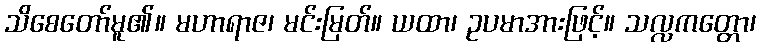
သိစေတော်မူ၏။ မဟာရာဇ၊ မင်းမြတ်။ ယထာ၊ ဥပမာအားဖြင့်။ သလ္လကတ္တော၊